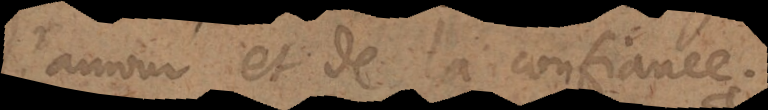
l’amour et de la confiance.